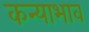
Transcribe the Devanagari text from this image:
कन्याभाव